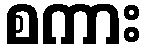
စကား